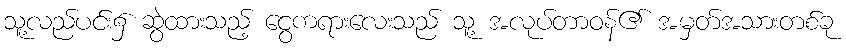
သူ့လည်ပင်း၌ ဆွဲထားသည့် ငွေကရားလေးသည် သူ့ အလုပ်တာဝန်၏ အမှတ်အသားတစ်ခု